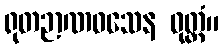
ရုတဉာဏဝသေန ဝုတ္တံ။